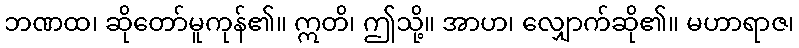
ဘဏထ၊ ဆိုတော်မူကုန်၏။ ဣတိ၊ ဤသို့။ အာဟ၊ လျှောက်ဆို၏။ မဟာရာဇ၊